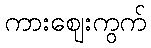
ကားဈေးကွက်